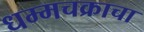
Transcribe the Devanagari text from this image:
धम्मचक्राचा